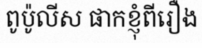
ពូប៉ូលីស ផាកខ្ញុំពីរឿង